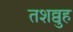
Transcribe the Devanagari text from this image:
तशव्वुह